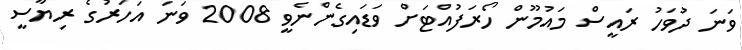
ވަނަ ދުވަހު ރައީސް މައުމޫން ހޯރަފުއްޓަށް ވަޑައިގެންނެވީ 2008 ވަނަ އަހަރުގެ ރިޔާސީ